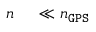
n _ { \mathrm { ~ \normalfont ~ \leftmoon ~ } } \ll n _ { \tt G P S }